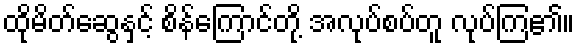
ထိုမိတ်ဆွေနှင့် စိန်ကြောင်တို့ အလုပ်စပ်တူ လုပ်ကြ၏။